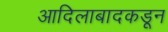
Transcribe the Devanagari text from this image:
आदिलाबादकडून